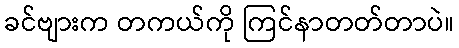
ခင်ဗျားက တကယ်ကို ကြင်နာတတ်တာပဲ။